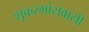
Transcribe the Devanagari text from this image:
शूकरमांसवासी